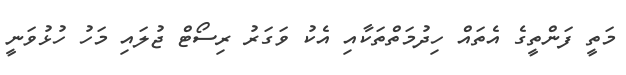
މަތީ ފަންތީގެ އެތައް ހިދުމަތްތަކާއި އެކު ވަގަރު ރިސޯޓް ޖުލައި މަހު ހުޅުވަނީ